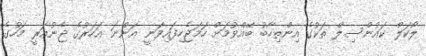
ލޯކަލް ކައުންސިލް ތަކުގެ އިންތިހާބު ބޭއްވުމަށް ހަމަޖެހިފައިވަނީ އަންނަ އަހަރުގެ ޖެނުއަރީ މަހުގެ